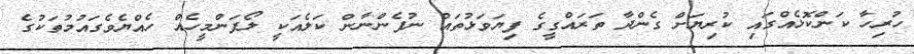
ހުރިހާ ކަންކޮޅެއްގައި ކުރިޔަށް ގެންދާ ތަރައްގީގެ ފިޔަވަޅުތައް ނުފެންނާން ކަލެއަކީ ލޯފަންމީހެއް ހެއްޔެވެގައުމުތަކުގެ